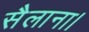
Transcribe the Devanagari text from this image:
सैलाना।